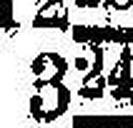
324